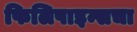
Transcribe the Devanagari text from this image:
फिलिपाइन्सचा